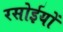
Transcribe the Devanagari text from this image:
रसोईयों